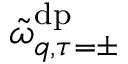
\tilde { \omega } _ { q , \tau = \pm } ^ { \mathrm { d p } }